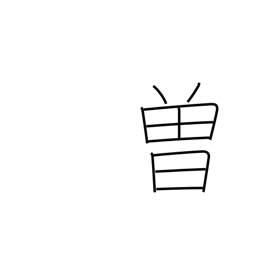
Meaning: formerly